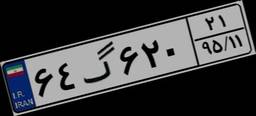
۷۰گ۷۰۲۰۰